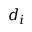
d _ { i }